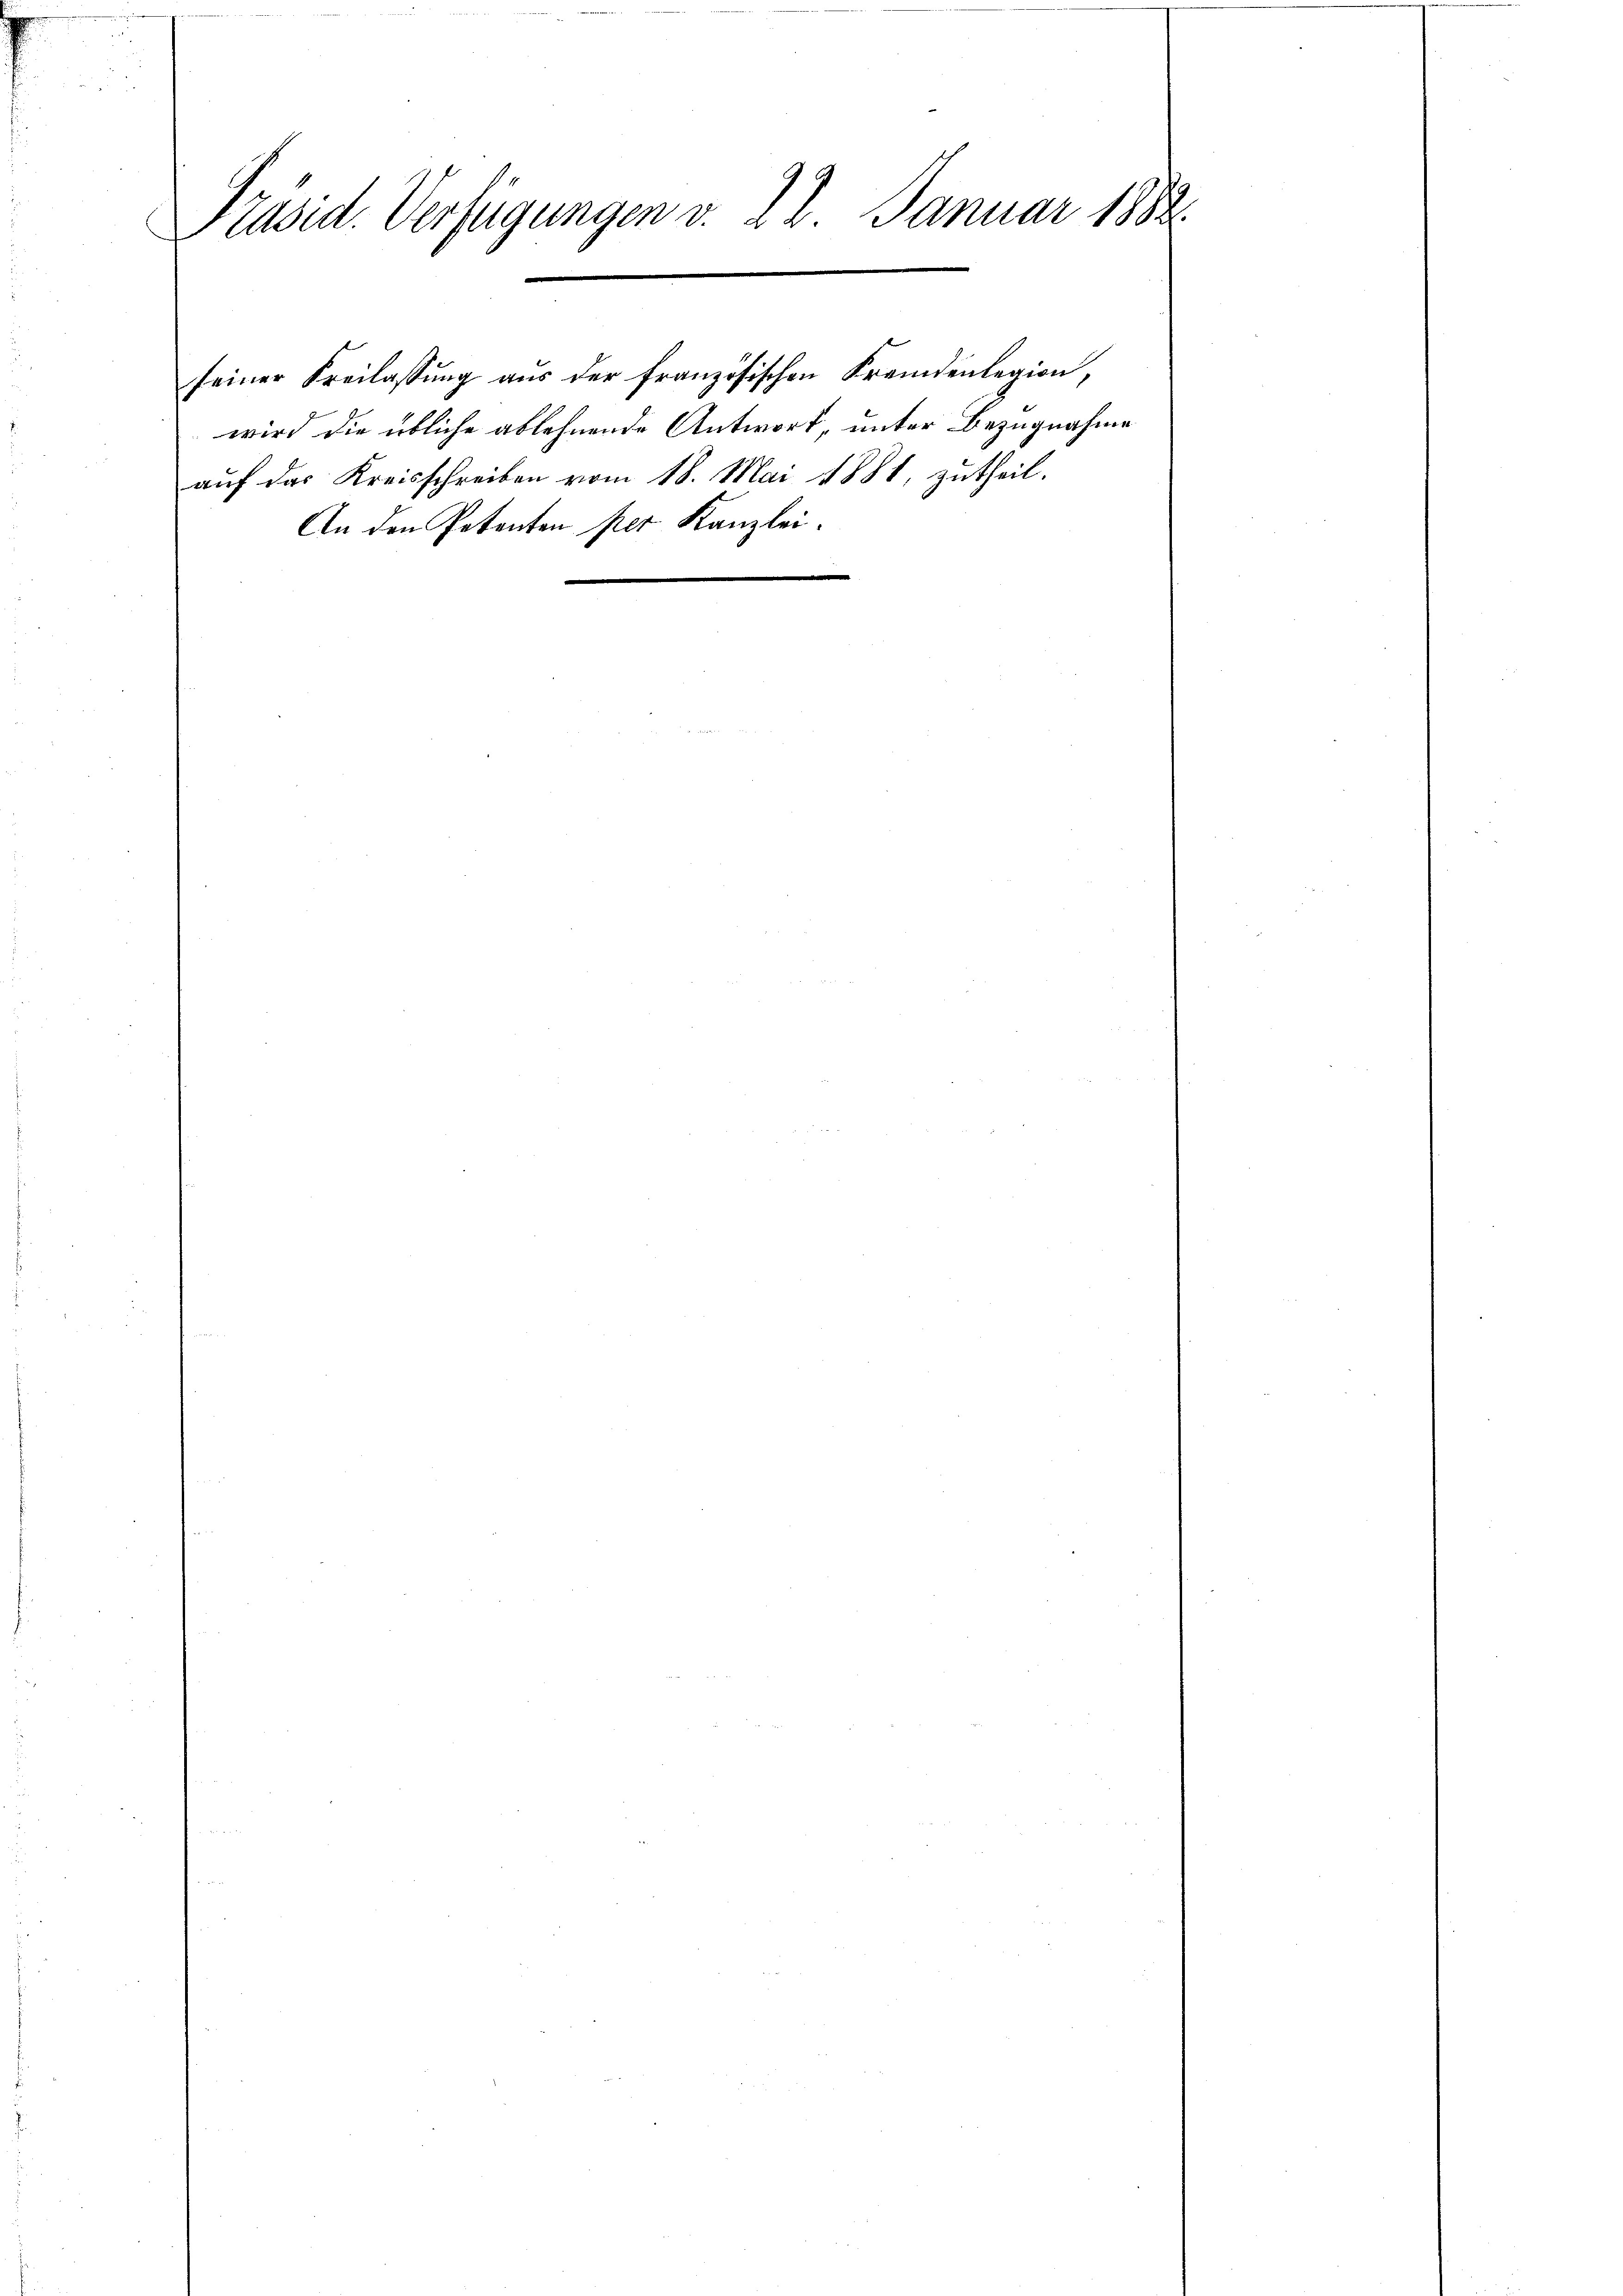
Präsid. Verfügungen v. 28. Januar 1888.

An den Petenten per Kanzlei.

seiner Freilassung aus der französischen Fremdenlegion,
wird die übliche ablehnende Antwort, unter Bezugnahme
auf das Kreisschreiben vom 18. Mai 1881, zutheil.